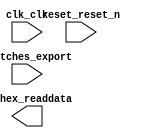

module embedded_system (
	clk_clk,
	reset_reset_n,
	switches_export,
	to_hex_readdata);	

	input		clk_clk;
	input		reset_reset_n;
	input	[3:0]	switches_export;
	output	[31:0]	to_hex_readdata;
endmodule